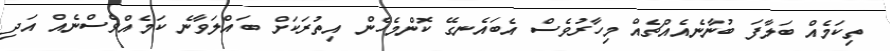
ތިކަމެއް ބަލާފަ ބުނާނެއެއްޗެއް މިހާރުވެސް އެބައެނގޭ ކޮންމެހެން އިތުރަކަށް ބައްލަވާނެ ކަމެއްވެސްނެއް އަދި